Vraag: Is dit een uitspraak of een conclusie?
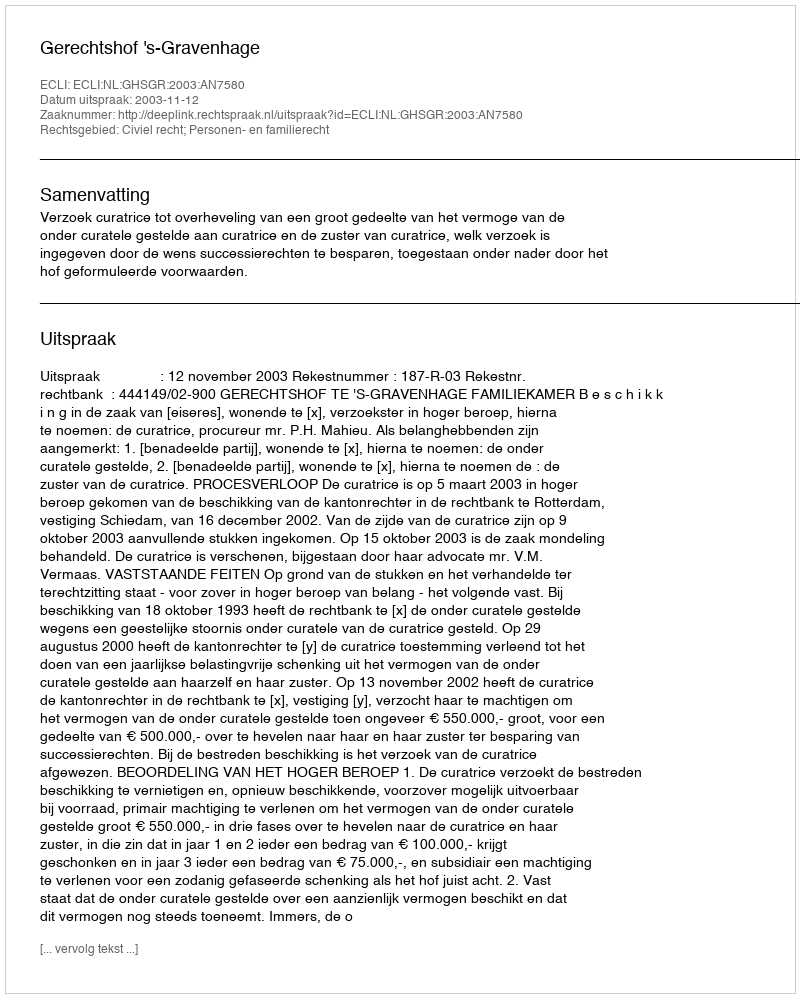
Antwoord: Uitspraak